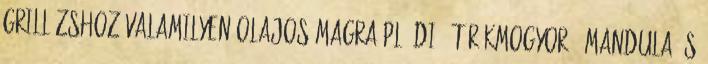
grillázshoz valamilyen olajos magra pl. dió, törökmogyoró, mandula és